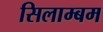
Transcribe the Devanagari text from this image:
सिलाम्बम